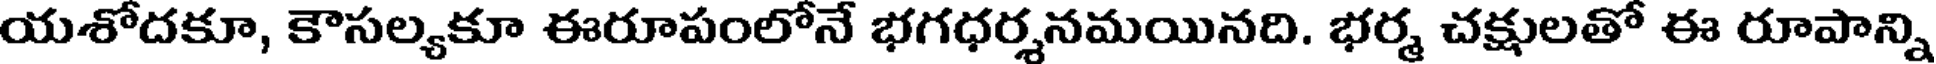
యశోదకూ, కౌసల్యకూ ఈరూపంలోనే భగధర్శనమయినది. భర్మ చక్షులతో ఈ రూపాన్ని